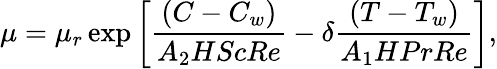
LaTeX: \mu=\mu_{r}\exp\left[\frac{\left(C-C_{w}\right)}{A_{2}HScRe}-\delta\frac{\left(T-T_{w}\right)}{A_{1}HPrRe}\right],